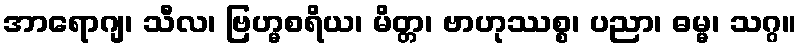
အာရောဂျ၊ သီလ၊ ဗြဟ္မစရိယ၊ မိတ္တ၊ ဗာဟုဿစ္စ၊ ပညာ၊ ဓမ္မ၊ သဂ္ဂ။